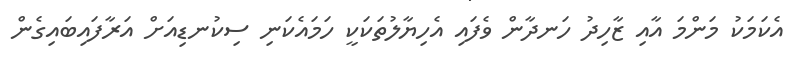
އެކަމަކު މަންމަ އާއި ޒާހިދު ހަނދާން ވެފައި އެހިޔާލުތަކަކީ ހަމައެކަނި ސިކުނޑިއަށް އަރާފައިބައިގެން